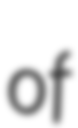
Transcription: of